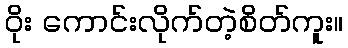
ဝိုး ကောင်းလိုက်တဲ့စိတ်ကူး။